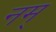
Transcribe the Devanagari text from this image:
नम्‌